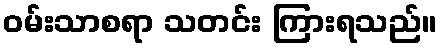
ဝမ်းသာစရာ သတင်း ကြားရသည်။